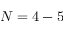
N = 4 - 5